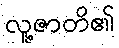
လူ့ဇာတိ၏